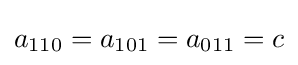
a_{110}=a_{101}=a_{011}=c